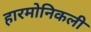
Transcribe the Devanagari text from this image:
हारमोनिकली